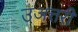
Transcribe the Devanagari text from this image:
उअत्तरी